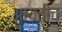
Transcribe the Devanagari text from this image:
आयतीच